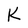
Character: K